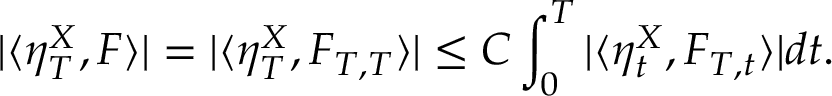
| \langle \eta _ { T } ^ { X } , F \rangle | = | \langle \eta _ { T } ^ { X } , F _ { T , T } \rangle | \leq C \int _ { 0 } ^ { T } | \langle \eta _ { t } ^ { X } , F _ { T , t } \rangle | d t .